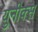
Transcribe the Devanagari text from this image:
युनीक्स